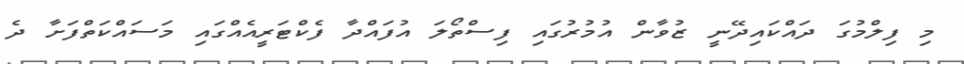
މި ފިލްމުގަ ދައްކައިދޭނީ ޒުވާން އުމުރުގައި ފިސްތޯލަ އުފައްދާ ފެކްޓަރީއެއްގައި މަސައްކަތްފަށާ ދެ